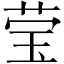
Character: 莹